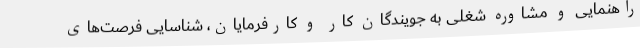
راهنمایی و مشاوره شغلی به جویندگان کار و کارفرمایان، شناسایی فرصت‌های